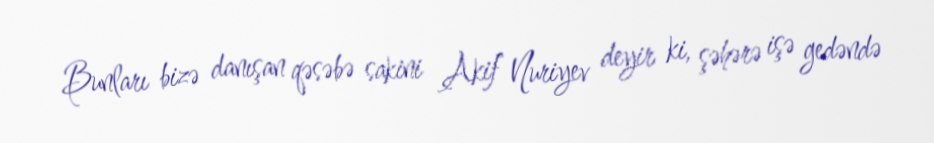
Bunları bizə danışan qəsəbə sakini Akif Nuriyev deyir ki, şəhərə işə gedəndə